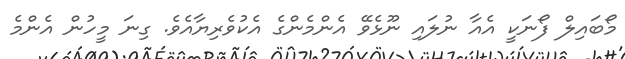
މޯބައިލް ފޯނަކީ އެއާ ނުލައި ނޫޅެވޭ އެންމެންގެ އެކުވެރިޔާއެވެ. ގިނަ މީހުން އެންމެ